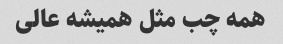
همه چب مثل همیشه عالی